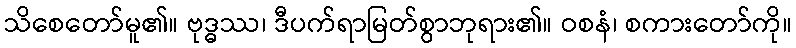
သိစေတော်မူ၏။ ဗုဒ္ဓဿ၊ ဒီပက်ရာမြတ်စွာဘုရား၏။ ဝစနံ၊ စကားတော်ကို။